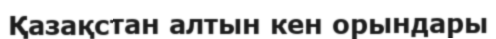
Қазақстан алтын кен орындары